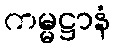
ကမ္မဋ္ဌာနံ